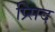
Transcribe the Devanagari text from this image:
प्र्सिद